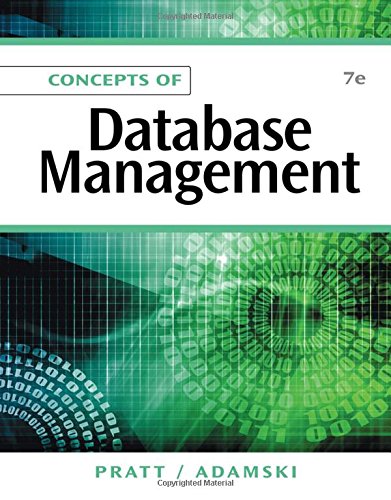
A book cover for Concepts of Database Management; Philip J. Pratt; Computers & Technology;